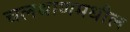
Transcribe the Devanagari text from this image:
चलथाणमधील